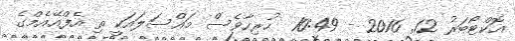
އޮކްޓޯބަރު 12